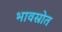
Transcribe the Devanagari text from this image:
भावस्रोत